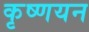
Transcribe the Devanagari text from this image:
कृष्णयन